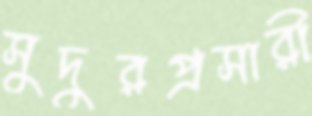
সুদুরপ্রসারী